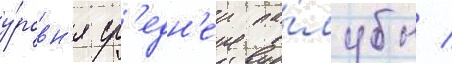
у́ровн'я ср'едн'еи па́лубы /